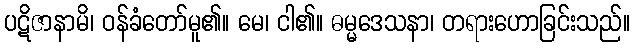
ပဋိဇာနာမိ၊ ဝန်ခံတော်မူ၏။ မေ၊ ငါ၏။ ဓမ္မဒေသနာ၊ တရားဟောခြင်းသည်။